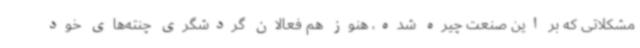
مشکلاتی که بر این صنعت چیره شده، هنوز هم فعالان گردشگری چنته‌های خود